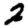
Digit: 2